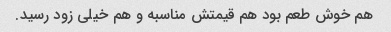
هم خوش طعم بود هم قیمتش مناسبه و هم خیلی زود رسید.